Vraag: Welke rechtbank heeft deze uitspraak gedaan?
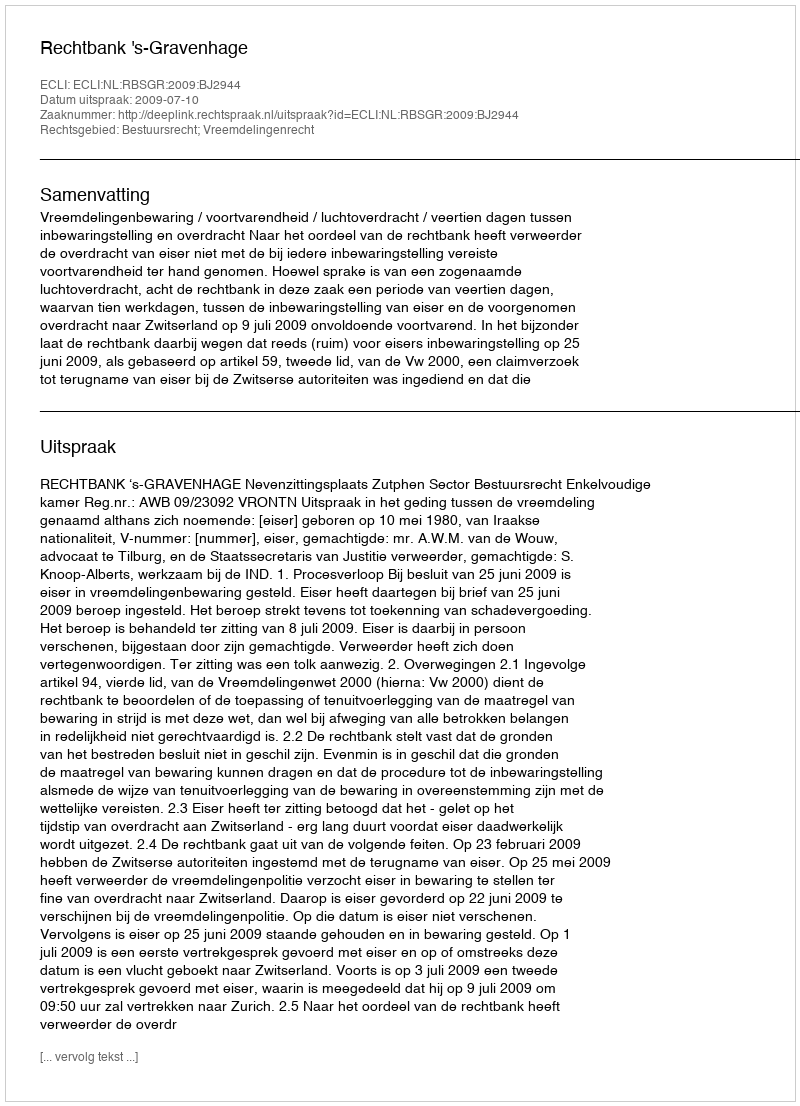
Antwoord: Rechtbank 's-Gravenhage